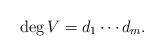
LaTeX: \begin{align*}\deg V=d_1\cdots d_m.\end{align*}